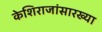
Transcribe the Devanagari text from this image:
केशिराजांसारख्या